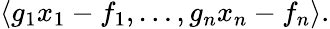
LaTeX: \langle g_{1}x_{1}-f_{1},\ldots,g_{n}x_{n}-f_{n}\rangle.